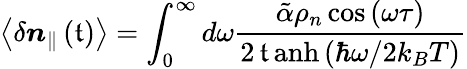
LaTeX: \left<\delta\boldsymbol{n}_{\parallel}\left(\mathfrak{t}\right)\right>=\int_{0}^{\infty}{d\omega\frac{{\tilde{{\alpha}}\rho_{n}\cos\left(\omega\tau\right)}}{{2\operatorname{\mathfrak{t}anh}\left(\hbar\omega/2k_{B}T\right)}}}